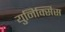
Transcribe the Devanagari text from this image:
युनिक्सिस